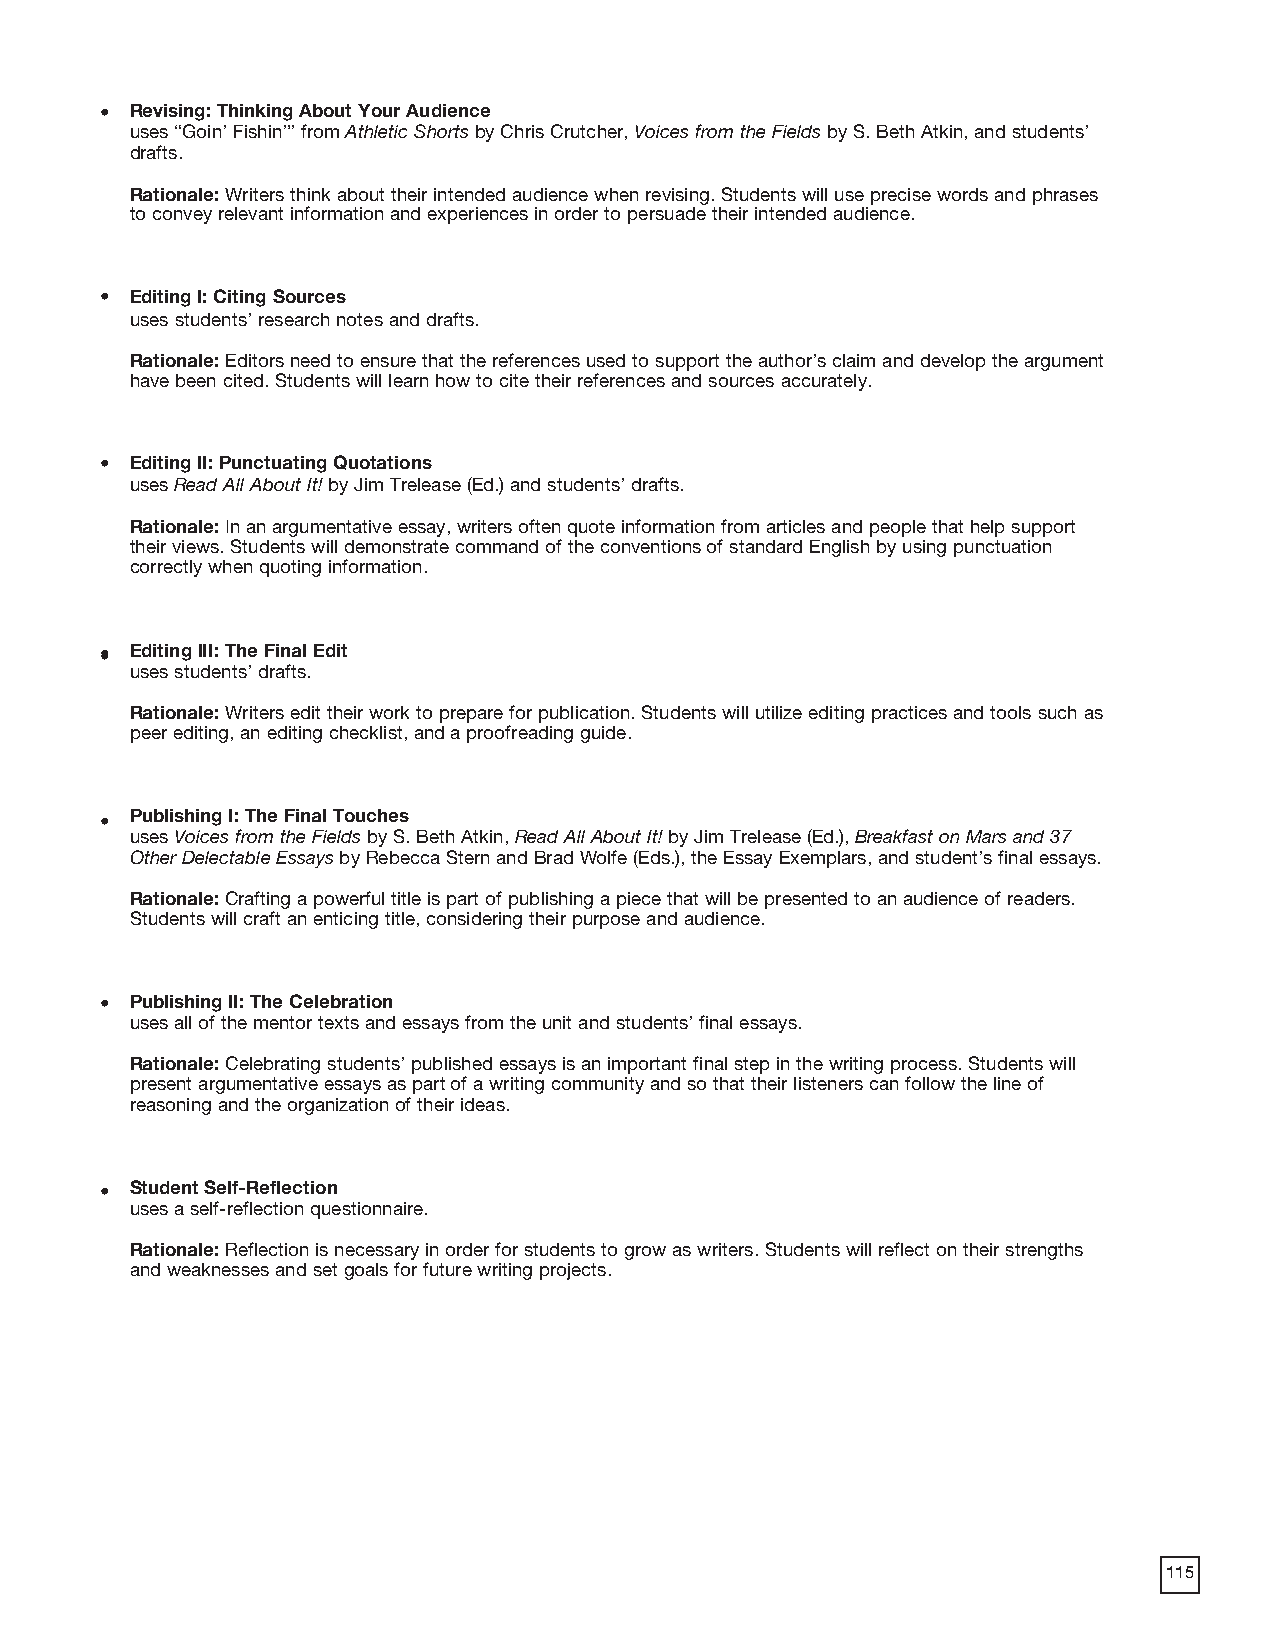
• Revising: Thinking About Your Audience
 uses “Goin’ Fishin’” from Athletic Shorts by Chris Crutcher, Voices from the Fields by S. Beth Atkin, and students’
 drafts.
 Rationale: Writers think about their intended audience when revising. Students will use precise words and phrases
 to convey relevant information and experiences in order to persuade their intended audience.
 • Editing I: Citing Sources
 uses students’ research notes and drafts.
 Rationale: Editors need to ensure that the references used to support the author’s claim and develop the argument
 have been cited. Students will learn how to cite their references and sources accurately.
 • Editing II: Punctuating Quotations
 uses Read All About It! by Jim Trelease (Ed.) and students’ drafts.
 Rationale: In an argumentative essay, writers often quote information from articles and people that help support
 their views. Students will demonstrate command of the conventions of standard English by using punctuation
 correctly when quoting information.
 •• Editing III: The Final Edit
 uses students’ drafts.
 Rationale: Writers edit their work to prepare for publication. Students will utilize editing practices and tools such as
 peer editing, an editing checklist, and a proofreading guide.
 Publishing I: The Final Touches
 •
 uses Voices from the Fields by S. Beth Atkin, Read All About It! by Jim Trelease (Ed.), Breakfast on Mars and 37
 Other Delectable Essays by Rebecca Stern and Brad Wolfe (Eds.), the Essay Exemplars, and student’s final essays.
 Rationale: Crafting a powerful title is part of publishing a piece that will be presented to an audience of readers.
 Students will craft an enticing title, considering their purpose and audience.
 • Publishing II: The Celebration
 uses all of the mentor texts and essays from the unit and students’ final essays.
 Rationale: Celebrating students’ published essays is an important final step in the writing process. Students will
 present argumentative essays as part of a writing community and so that their listeners can follow the line of
 reasoning and the organization of their ideas.
 • Student Self-Reflection
 uses a self-reflection questionnaire.
 Rationale: Reflection is necessary in order for students to grow as writers. Students will reflect on their strengths
 and weaknesses and set goals for future writing projects.
 115